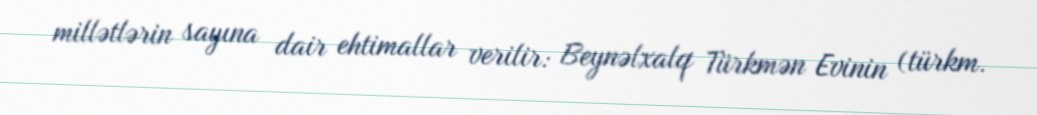
millətlərin sayına dair ehtimallar verilir: Beynəlxalq Türkmən Evinin (türkm.